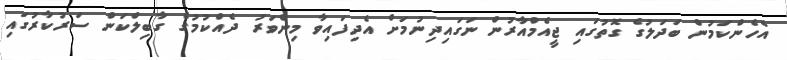
އެހެންކަމުން ބަދަލުގެ ގޮތުގައި ޖީއެމްއާރުން ނަގައިދިނުމަށް އެދިފައިވާ މިންވަރު ދެއްކުމުގެ ގާބިލްކަން ސަރުކާރުގައި